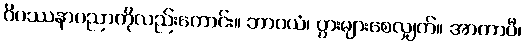
ဝိပဿနာပညာကိုလည်းကောင်း။ ဘာဝယံ၊ ပွားများစေလျှက်။ အာတာပီ၊